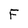
Character: F